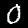
Digit: 0